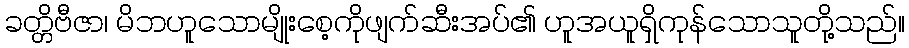
ခတ္တိဗီဇာ၊ မိဘဟူသောမျိုးစေ့ကိုဖျက်ဆီးအပ်၏ ဟူအယူရှိကုန်သောသူတို့သည်။